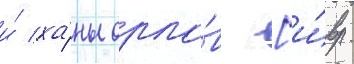
и́ ха́ны орло́в [и́вр.